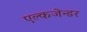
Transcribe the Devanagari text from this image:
एल्कजेन्डर